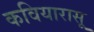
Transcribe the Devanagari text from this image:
कवियारासू